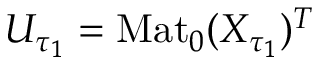
U _ { \tau _ { 1 } } = \mathrm { M a t } _ { 0 } ( X _ { \tau _ { 1 } } ) ^ { T }